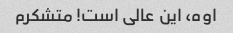
اوه، این عالی است! متشکرم